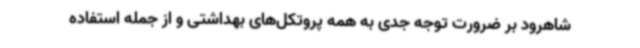
شاهرود بر ضرورت توجه جدی به همه پروتکل‌های بهداشتی و از جمله استفاده